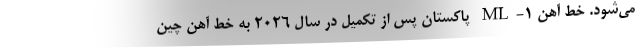
می‌شود. خط آهن ML-1 پاکستان پس از تکمیل در سال 2026 به خط آهن چین